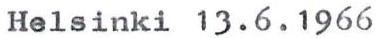
Helsinki 13.6.1966